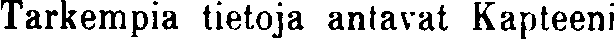
Tarkempia tietoja antavat Kapteeni